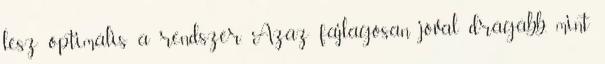
lesz optimális a rendszer. Azaz fajlagosan jóval drágább, mint